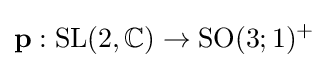
\mathbf {p} :{\text{SL}}(2,\mathbb {C} )\to {\text{SO}}(3;1)^{+}